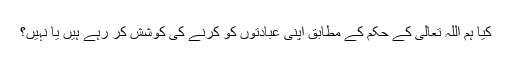
کیا ہم اللہ تعالیٰ کے حکم کے مطابق اپنی عبادتوں کو کرنے کی کوشش کر رہے ہیں یا نہیں؟